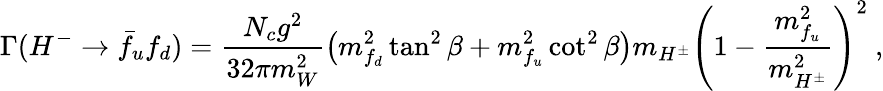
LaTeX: \Gamma(H^{-}\to\bar{f}_{u}f_{d})=\frac{N_{c}g^{2}}{32\pi m_{W}^{2}}\left(m_{f_{d}}^{2}\tan^{2}\beta+m_{f_{u}}^{2}\cot^{2}\beta\right)m_{H^{\pm}}\left(1-\frac{m_{f_{u}}^{2}}{m_{H^{\pm}}^{2}}\right)^{2}\ ,